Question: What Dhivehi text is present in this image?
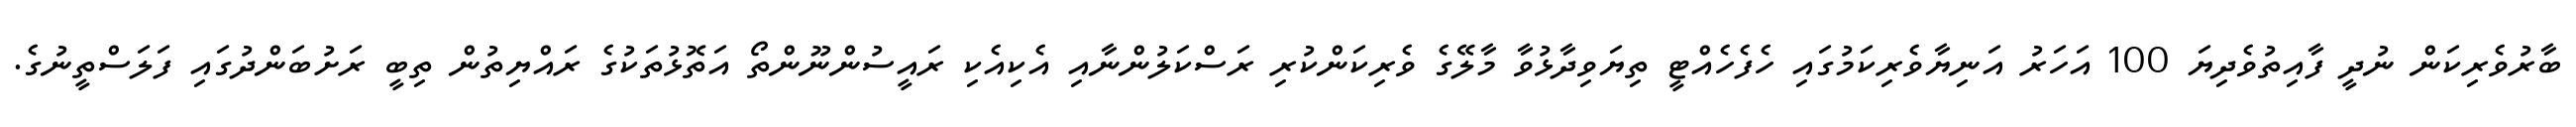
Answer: ބާރުވެރިކަން ނުދީ ފާއިތުވެދިޔަ 100 އަހަރު އަނިޔާވެރިކަމުގައި ހެފެހެއްޓީ ތިޔަވިދާޅުވާ މާލޭގެ ވެރިކަންކުރި ރަސްކަލުންނާއި އެކިއެކި ރައީސުންނޫންތޯ އަތޮޅުތަކުގެ ރައްޔިތުން ތިބީ ރަށުބަންދުގައި ފަލަސްތީނުގެ.